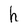
Character: h